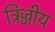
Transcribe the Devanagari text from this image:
त्रिज्जीय